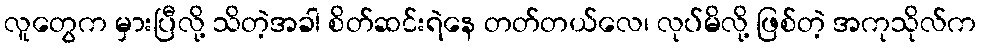
လူတွေက မှားပြီလို့ သိတဲ့အခါ စိတ်ဆင်းရဲနေ တတ်တယ်လေ၊ လုပ်မိလို့ ဖြစ်တဲ့ အကုသိုလ်က